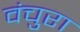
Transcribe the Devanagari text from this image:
वंचुरा